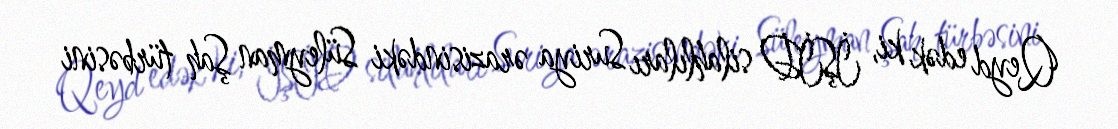
Qeyd edək ki, İŞİD silahlıları Suriya ərazisindəki Süleyman Şah türbəsini